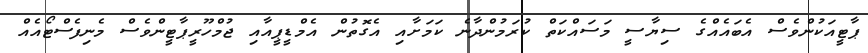
ޕާޓީއަކުންވެސް އެބައެއްގެ ސިޔާސީ މަސައްކަތް ކުރަމުންދާނެ ކަމަށާއި އެގޮތުން އެމްޑީޕީއާއި ޖުމްހޫރީޕާޓީންވެސް މެނިފެސްޓޯއެއް